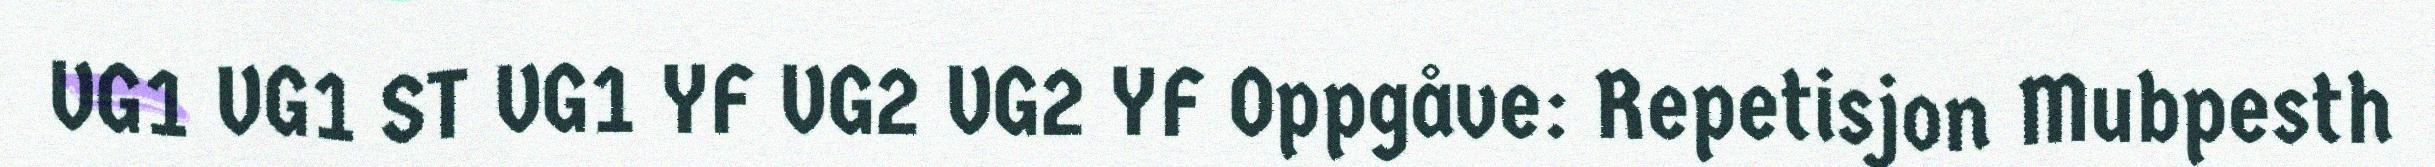
VG1 VG1 ST VG1 YF VG2 VG2 YF Oppgåve: Repetisjon Mubpesth